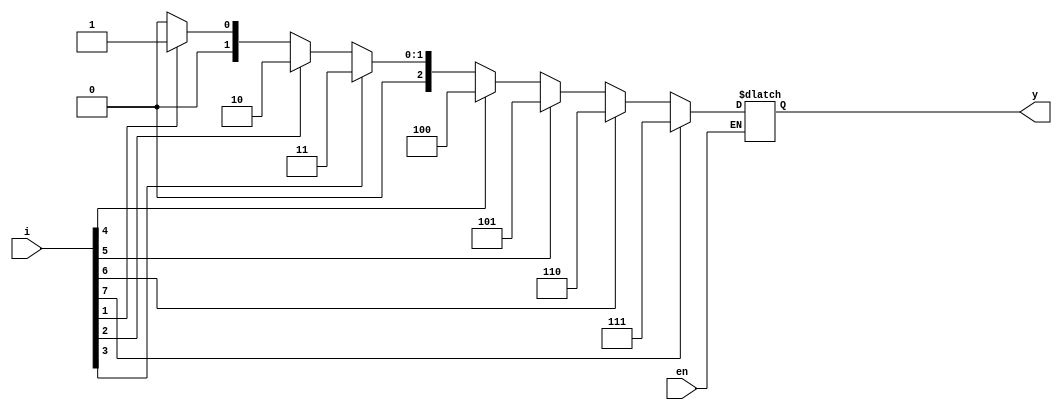
`timescale 1ns / 1ps
// Priority Encoder For Output


module priority_encoder(en, i,y);
    input en;
    input [7:0] i;
    output reg [2:0] y;
    always @(en,i)
    begin
        if(en==1)
        begin
        if(i[7]==1)
            y=3'b111;
        else if (i[6]==1)
            y=3'b110;
        else if (i[5]==1)
            y=3'b101;
        else if (i[4]==1)
            y=3'b100;
        else if (i[3]==1)
            y=3'b011;
        else if (i[2]==1)
            y=3'b010;
        else if (i[1]==1)
            y=3'b001;
        else if (i[0]==1)
            y=3'b000;
        else// Output is High Empedance
            y=3'bzzz;  
        end   
    end 
endmodule